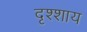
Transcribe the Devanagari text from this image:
दृश्शाय